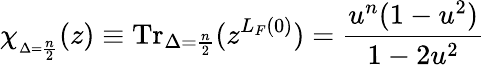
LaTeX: \chi_{_{\Delta=\frac{n}{2}}}(z)\equiv\mathrm{Tr}_{\Delta=\frac{n}{2}}(z^{L_{F}(0)})=\frac{u^{n}(1-u^{2})}{1-2u^{2}}